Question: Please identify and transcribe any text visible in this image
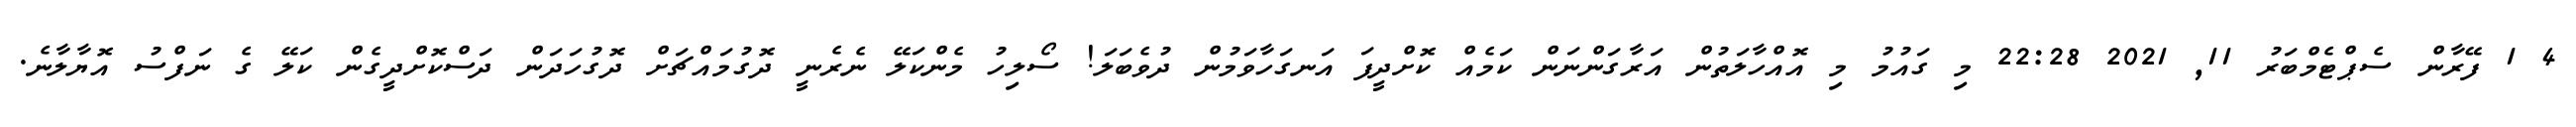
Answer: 4 1 ފޭރާން ސެޕްޓެމްބަރު 11, 2021 22:28 މި ގައުމު މި އޮއްހާލަތުން އަރާގަންނަން ކަމެއް ކޮށްދީފަ އަނގަހާވަމުން ދުވެބަލަ! ސޯލިހު މެންކަލޭ ނެރެނީ ދޮގުމައްޗަށް ދޮގުހަދަން ދަސްކޮށްދީގެން ކަލޭ ގެ ނަފްސު އޮޔާލާނެ.